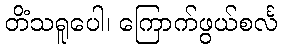
တိံသရူပေါ၊ ကြောက်ဖွယ်စင်္လ